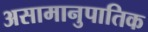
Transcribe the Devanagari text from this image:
असामानुपातिक